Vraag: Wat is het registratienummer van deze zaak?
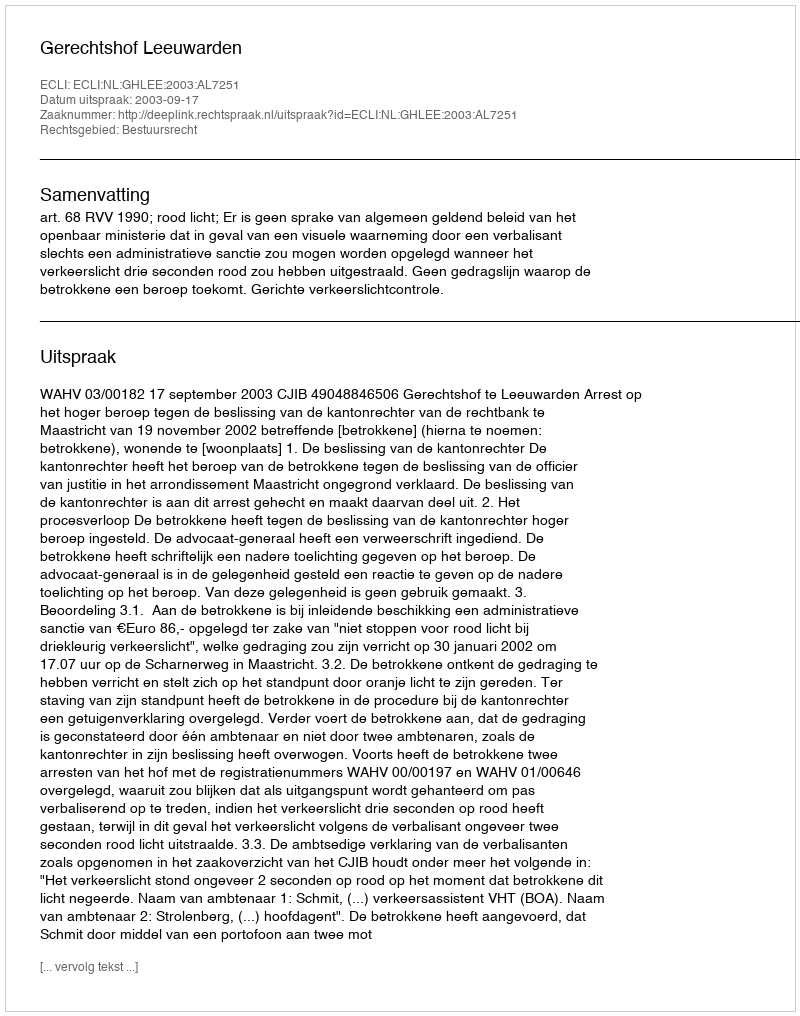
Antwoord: http://deeplink.rechtspraak.nl/uitspraak?id=ECLI:NL:GHLEE:2003:AL7251